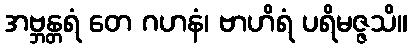
အဗ္ဘန္တရံ တေ ဂဟနံ၊ ဗာဟိရံ ပရိမဇ္ဇသိ။